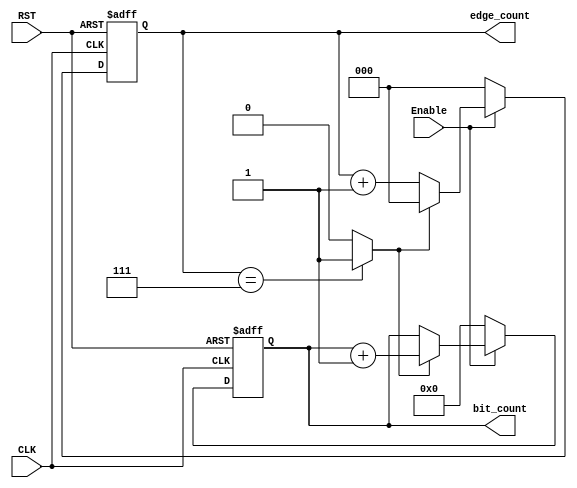
module edge_bit_counter 
(
 input   wire                  CLK,
 input   wire                  RST,
 input   wire                  Enable,
 output  reg   [3:0]           bit_count,
 output  reg   [2:0]           edge_count 
);



wire                           edge_count_done ;

  
//edge counter 
always @ (posedge CLK or negedge RST)
 begin
  if(!RST)
   begin
    edge_count <= 'b0 ;
   end
  else if(Enable)
   begin
    if (edge_count_done)
	 begin
      edge_count <= 'b0 ;
	 end
	else
	 begin
      edge_count <= edge_count + 'b1 ;
	 end	
   end 
  else
   begin
    edge_count <= 'b0 ;
   end   
 end
 
assign edge_count_done = (edge_count == 'b111) ? 1'b1 : 1'b0 ; 


// bit counter 
always @ (posedge CLK or negedge RST)
 begin
  if(!RST)
   begin
    bit_count <= 'b0 ;
   end
  else if(Enable)
   begin
    if (edge_count_done)
	 begin
      bit_count <= bit_count + 'b1 ;
	 end
   end 
  else
   begin
    bit_count <= 'b0 ;
   end	
 end 



 
endmodule